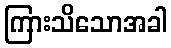
ကြားသိသောအခါ